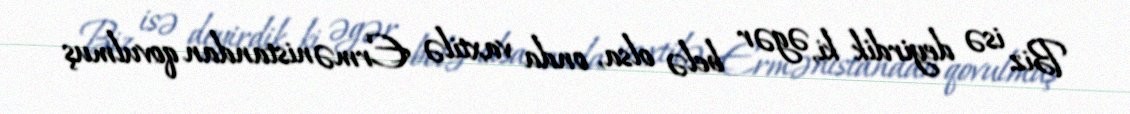
Biz isə deyirdik ki, əgər belə olsa, onda vaxtilə Ermənistandan qovulmuş